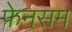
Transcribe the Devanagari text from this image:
फेनसम